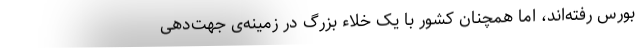
بورس رفته‌اند، اما همچنان کشور با یک خلاء بزرگ در زمینه‌ی جهت‌دهی